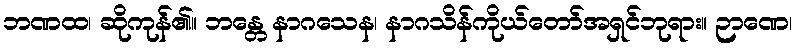
ဘဏထ၊ ဆိုကုန်၏။ ဘန္တေ နာဂသေန၊ နာဂသိန်ကိုယ်တော်အရှင်ဘုရား။ ဉာဏေ၊